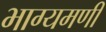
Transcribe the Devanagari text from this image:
भाग्यमणी